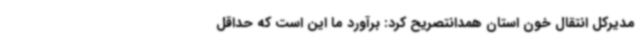
مدیرکل انتقال خون استان همدانتصریح کرد: برآورد ما این است که حداقل